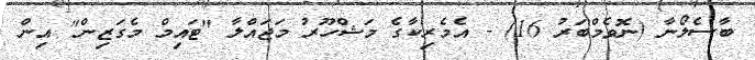
ބާސެލޯނާ (ނޮވެމްބަރު 16) - އެމެރިކާގެ މަޝްހޫރު މަޖައްލާ "ޓައިމް މެގަޒިން" އިން